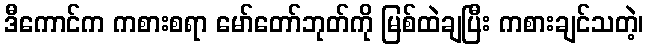
ဒီကောင်က ကစားစရာ မော်တော်ဘုတ်ကို မြစ်ထဲချပြီး ကစားချင်သတဲ့၊